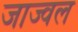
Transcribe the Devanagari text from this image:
जाज्वल